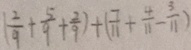
( \frac { 2 } { 9 } + \frac { 5 } { 9 } + \frac { 2 } { 9 } ) + ( \frac { 7 } { 1 1 } + \frac { 4 } { 1 1 } - \frac { 3 } { 1 1 } )